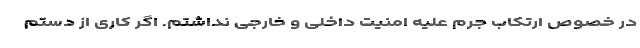
در خصوص ارتکاب جرم علیه امنیت داخلی و خارجی نداشتم. اگر کاری از دستم